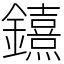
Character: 𨯨